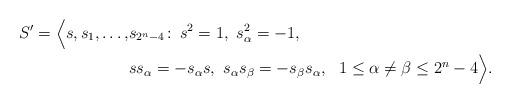
LaTeX: \begin{align*} S'=\Big<s,s_1, \ldots, &s_{2^n-4}\colon\, s^2=1, \ s_{\alpha}^2=-1, \\ &ss_{\alpha}=-s_{\alpha}s, \ s_{\alpha}s_{\beta}=-s_{\beta}s_{\alpha}, \ \ 1\le \alpha\neq \beta\le 2^n-4\Big>.\end{align*}